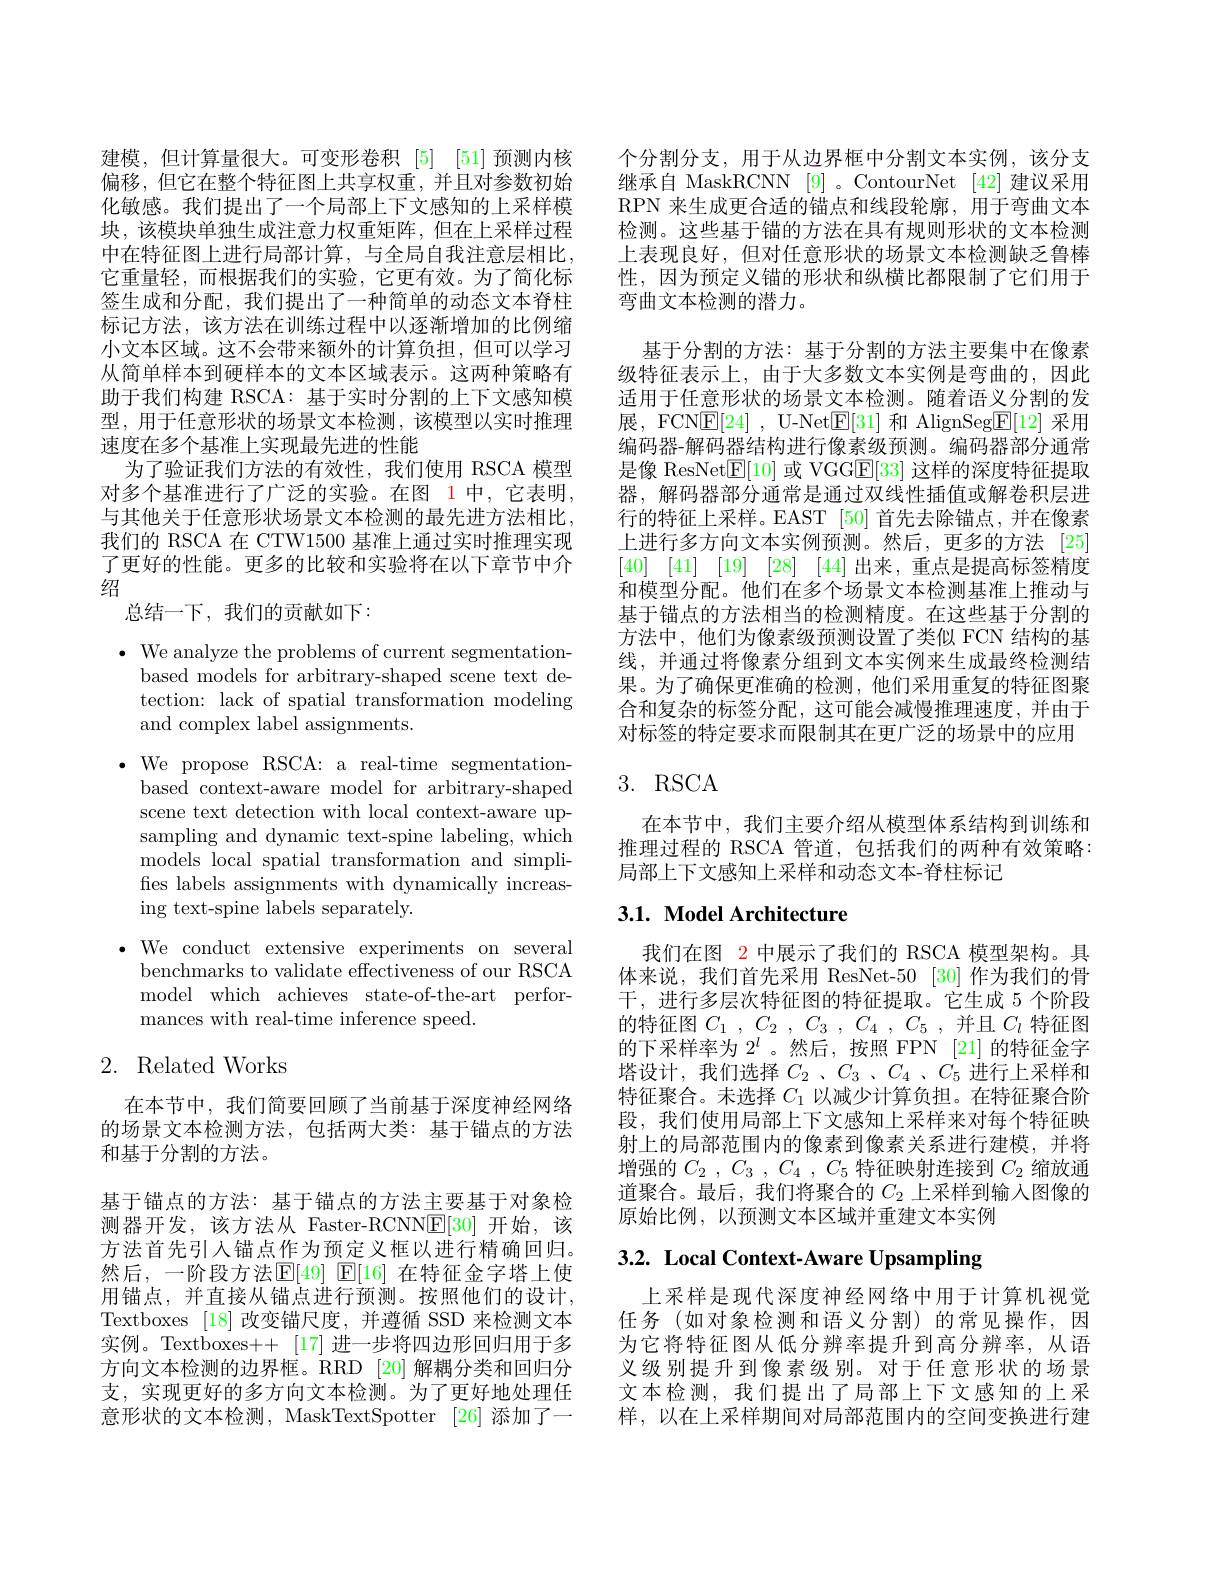
建模，但计算量很大。可变形卷积$\begin{array}{cc}[5]&[51]\end{array}$预测内核偏移，但它在整个特征图上共享权重，并且对参数初始化敏感。我们提出了一个局部上下文感知的上采样模块，该模块单独生成注意力权重矩阵，但在上采样过程中在特征图上进行局部计算，与全局自我注意层相比， 它重量轻，而根据我们的实验，它更有效。为了简化标签生成和分配，我们提出了一种简单的动态文本脊柱标记方法，该方法在训练过程中以逐渐增加的比例缩小文本区域。这不会带来额外的计算负担，但可以学习从简单样本到硬样本的文本区域表示。这两种策略有助于我们构建 RSCA: 基于实时分割的上下文感知模型，用于任意形状的场景文本检测，该模型以实时推理速度在多个基准上实现最先进的性能
为了验证我们方法的有效性，我们使用 RSCA 模型对多个基准进行了广泛的实验。在图 1中，它表明， 与其他关于任意形状场景文本检测的最先进方法相比， 我们的 RSCA 在 CTW1500 基准上通过实时推理实现了更好的性能。更多的比较和实验将在以下章节中介绍
总结一下，我们的贡献如下：

$\cdot$ We analyze the problems of current segmentation-
based models for arbitrary-shaped scene text detection: lack of spatial transformation modeling and complex label assignments.
$\bullet$We propose RSCA: a real-time segmentation-
based context-aware model for arbitrary-shaped scene text detection with local context-aware upsampling and dynamic text-spine labeling, which models local spatial transformation and simplifes labels assignments with dynamically increasing text-spine labels separately.
$\bullet$ We conduct extensive experiments on several
benchmarks to validate effectiveness of our RSCA model which achieves state-of-the-art performances with real-time inference speed.

## 2. Related Works

在本节中，我们简要回顾了当前基于深度神经网络的场景文本检测方法，包括两大类：基于锚点的方法和基于分割的方法。
基于锚点的方法：基于锚点的方法主要基于对象检测器开发，该方法从 Faster-RCNN$\underline{\mathrm{E}}[30]$开始，该方法首先引入锚点作为预定义框以进行精确回归。然后，一阶段方法$\mathbb{E}[49]$ $\mathbb{E}[16]$ 在特征金字塔上使用锚点，并直接从锚点进行预测。按照他们的设计， Textboxes [18]改变锚尺度，并遵循 SSD 来检测文本实例。Textboxes++[17]进一步将四边形回归用于多方向文本检测的边界框。RRD [20] 解耦分类和回归分支，实现更好的多方向文本检测。为了更好地处理任意形状的文本检测，MaskTextSpotter [26] 添加了一

个分割分支，用于从边界框中分割文本实例，该分支继承自 MaskRCNN [9]。ContourNet [42] 建议采用RPN 来生成更合适的锚点和线段轮廓，用于弯曲文本检测。这些基于锚的方法在具有规则形状的文本检测上表现良好，但对任意形状的场景文本检测缺乏鲁棒性，因为预定义锚的形状和纵横比都限制了它们用于弯曲文本检测的潜力。

基于分割的方法：基于分割的方法主要集中在像素级特征表示上，由于大多数文本实例是弯曲的，因此适用于任意形状的场景文本检测。随着语义分割的发展，FCN$\underline {\mathrm{E} }[ 24]$ , U-Net$\underline{\mathrm{E}}[31]$和 AlignSeg$\underline{\mathrm{E}}[12]$采用编码器-解码器结构进行像素级预测。编码器部分通常是像 ResNet$\mathbb{E}[10]$或 VGG$\mathbb{E}[33]$这样的深度特征提取器，解码器部分通常是通过双线性插值或解卷积层进行的特征上采样。EAST [50] 首先去除锚点，并在像素上进行多方向文本实例预测。然后，更多的方法[25] [40] [41] [19] [28] [44]出来，重点是提高标签精度和模型分配。他们在多个场景文本检测基准上推动与基于锚点的方法相当的检测精度。在这些基于分割的方法中，他们为像素级预测设置了类似 FCN 结构的基线，并通过将像素分组到文本实例来生成最终检测结果。为了确保更准确的检测，他们采用重复的特征图聚合和复杂的标签分配，这可能会减慢推理速度，并由于对标签的特定要求而限制其在更广泛的场景中的应用

## 3. RSCA

在本节中，我们主要介绍从模型体系结构到训练和推理过程的 RSCA 管道，包括我们的两种有效策略： 局部上下文感知上采样和动态文本-脊柱标记

## 3.1. Model Architecture

我们在图 2 中展示了我们的 RSCA 模型架构。具体来说，我们首先采用 ResNet-50 [30] 作为我们的骨干，进行多层次特征图的特征提取。它生成 5 个阶段的特征图$C_1$ , $C_2$ , $C_3$ , $C_4$ , $C_5$ ,并且$C_l$特征图的下采样率为$2^l$ 。然后，按照 FPN [21]的特征金字塔设计，我们选择$C_2$ 、$C_3$ 、$C_4$ 、$C_5$进行上采样和特征聚合。未选择$C_{1}$以减少计算负担。在特征聚合阶段，我们使用局部上下文感知上采样来对每个特征映射上的局部范围内的像素到像素关系进行建模，并将增强的$C_2$ , $C_3$ , $C_4$ , $C_5$特征映射连接到$C_2$缩放通道聚合。最后，我们将聚合的$C_2$上采样到输入图像的原始比例，以预测文本区域并重建文本实例

# 3.2. Local Context-Aware Upsampling

上采样是现代深度神经网络中用于计算机视觉任务(如对象检测和语义分割)的常见操作，因为它将特征图从低分辨率提升到高分辨率，从语义级别提升到像素级别。对于任意形状的场景文本检测，我们提出了局部上下文感知的上采样，以在上采样期间对局部范围内的空间变换进行建